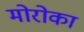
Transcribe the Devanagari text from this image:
मोरोका